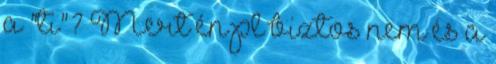
a "ti"? Mert én pl biztos nem és a